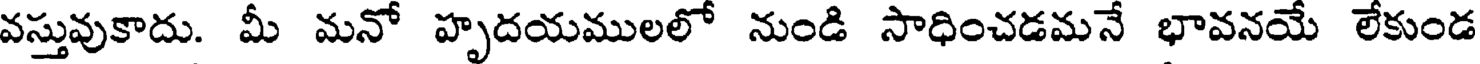
వస్తువుకాదు. మీ మనో హృదయములలో నుండి సాధించడమనే భావనయే లేకుండ